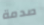
صدمة